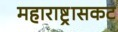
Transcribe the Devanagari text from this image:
महाराष्ट्रासकट